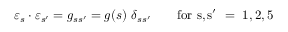
\varepsilon _ { s } \cdot \varepsilon _ { s ^ { \prime } } = g _ { s s ^ { \prime } } = g ( s ) \ \delta _ { s s ^ { \prime } } \qquad \mathrm { f o r ~ s , s ^ { \prime } ~ = ~ 1 , 2 , 5 ~ }